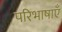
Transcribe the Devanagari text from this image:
परिभाषाऍं